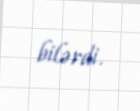
bilərdi.